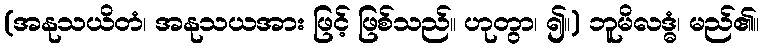
(အနုသယိတံ၊ အနုသယအား ဖြင့် ဖြစ်သည်။ ဟုတွာ၊ ၍။) ဘူမိလဒ္ဓံ၊ မည်၏။